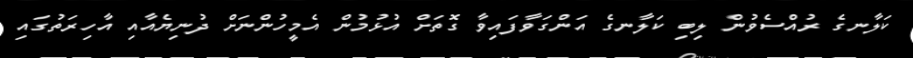
ކަލާނގެ ރުއްސެވުން ލިބި ކަލާނގެ އަންގަވާފައިވާ ގޮތަށް އުޅުމުން އެމީހުންނަށް ދުނިޔެއާއި އާހިރަތުގައި